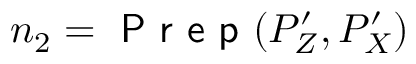
n _ { 2 } = \textsf { P r e p } ( P _ { Z } ^ { \prime } , P _ { X } ^ { \prime } )